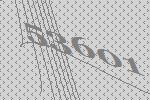
53601